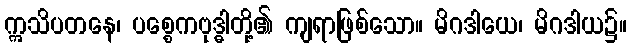
ဣသိပတနေ၊ ပစ္စေကဗုဒ္ဓါတို့၏ ကျရာဖြစ်သော။ မိဂဒါယေ၊ မိဂဒါယ၌။